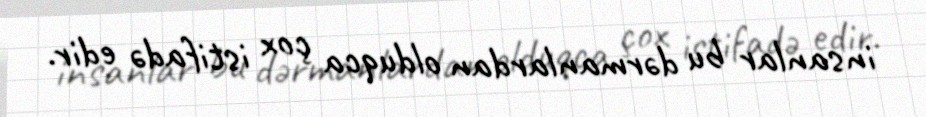
insanlar bu dərmanlardan olduqca çox istifadə edir.